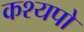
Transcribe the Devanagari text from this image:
कश्यपो